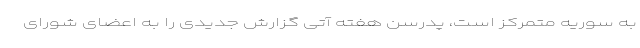
به سوریه متمرکز است، پدرسن هفته آتی گزارش جدیدی را به اعضای شورای